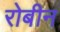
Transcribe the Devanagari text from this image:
रोबीन